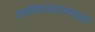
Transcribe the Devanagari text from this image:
अशोकावदानमाला